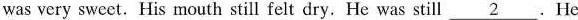
was very sweet. His mouth still felt dry. He was still \underline{2}. He